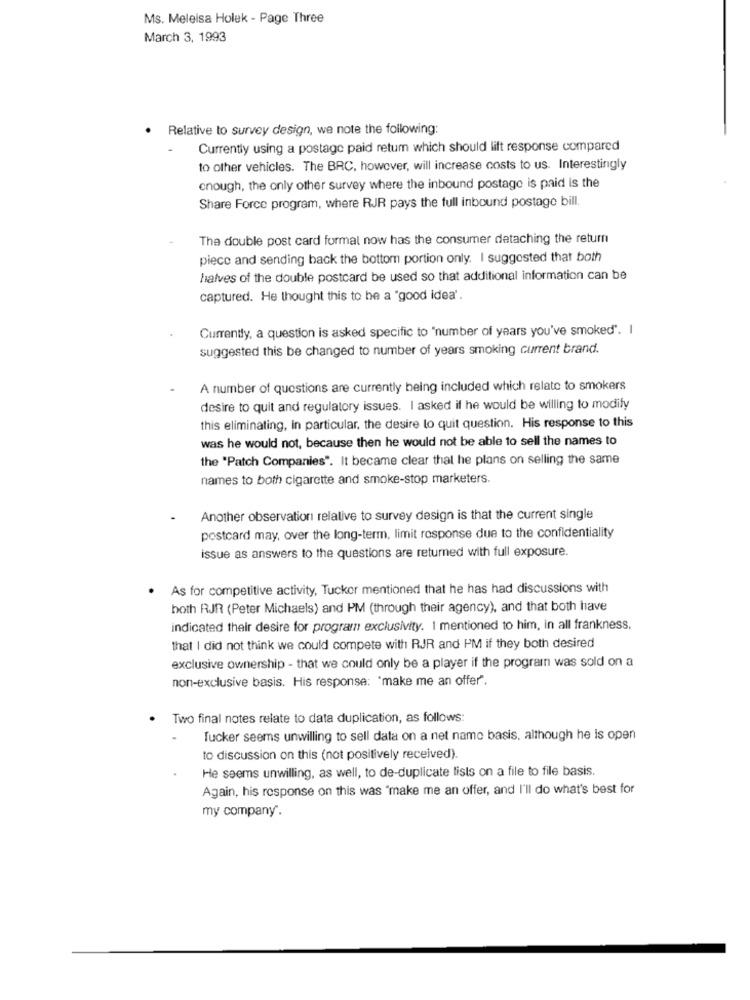
Ms. Meleisa Holek - Page Three
March 3, 1993
. Relative to survey design, we note the following:
Currently using a postage paid return which should lift response compared
to other vehicles. The BRC, however, will increase costs to us. Interestingly
enough, the only other survey where the inbound postage is paid is the
Share Force program, where RJR pays the full inbound postage bill.
The double post card formal now has the consumer dataching the return
piece and sending back the bottom portion only. I suggested that both
halves of the double postcard be used so that additional information can be
captured. He thought this to be a "good idea'.
Currently, a question is asked specific to "number of years you've smoked". I
suggested this be changed to number of years smoking current brand.
A number of questions are currently being included which relate to smokers
desire to quit and regulatory issues. I asked if he would be willing to modify
this eliminating, in particular, the desire to quit question. His response to this
was he would not, because then he would not be able to sell the names to
the "Patch Companies". It became clear that he plans on selling the same
names to both cigarette and smoke-stop marketers.
Another observation relative to survey design is that the current single
postcard may, over the long-term, limit response due to the confidentiality
issue as answers to the questions are returned with full exposure.
As for competitive activity, Tucker mentioned that he has had discussions with
both RJR (Peter Michaels) and PM (through their agency), and that both have
indicated their desire for program exclusivity. 1 mentioned to him, In all frankness,
that I did not think we could compete with RJR and PM if they both desired
exclusive ownership - that we could only be a player if the program was sold on a
non-exclusive basis. His response: 'make me an offer".
Two final notes relate to data duplication, as follows:
Tucker seems unwilling to sell data on a net name basis, although he is open
to discussion on this (not positively received).
He seems unwilling, as well, to de-duplicate lists on a file to file basis.
Again, his response on this was 'make me an offer, and I'll do what's best for
my company.